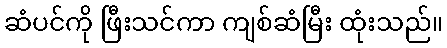
ဆံပင်ကို ဖြီးသင်ကာ ကျစ်ဆံမြီး ထုံးသည်။